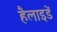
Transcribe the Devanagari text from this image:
हैलाइडें